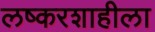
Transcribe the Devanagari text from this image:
लष्करशाहीला